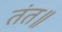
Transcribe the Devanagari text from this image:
तंत॥